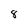
Character: 8